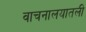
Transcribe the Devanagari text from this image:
वाचनालयातली